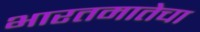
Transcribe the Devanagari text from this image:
भारतमातेचा